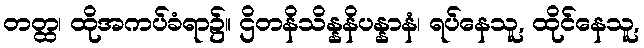
တတ္ထ၊ ထိုအကပ်ခံရာ၌။ ဌိတနိသိန္နနိပန္နာနံ၊ ရပ်နေသူ, ထိုင်နေသူ,